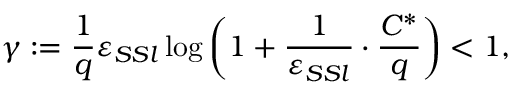
\gamma : = \frac { 1 } { q } \varepsilon _ { S S l } \log \left( 1 + \frac { 1 } { \varepsilon _ { S S l } } \cdot \frac { C ^ { * } } { q } \right) < 1 ,